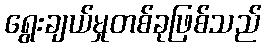
ရွေးချယ်မှုတစ်ခုဖြစ်သည်